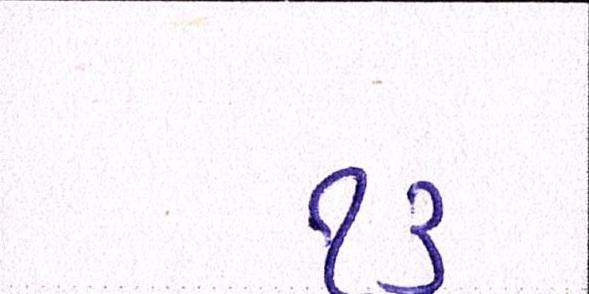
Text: ૧૩